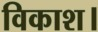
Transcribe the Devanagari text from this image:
विकाश।